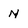
Character: N